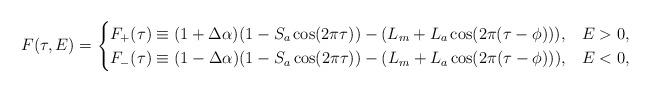
LaTeX: \begin{align*}F(\tau,E) = \begin{cases}F_+(\tau) \equiv (1 + \Delta\alpha)(1-S_a \cos(2 \pi \tau)) - (L_m + L_a \cos(2 \pi (\tau-\phi))), & E>0, \\F_-(\tau) \equiv (1 - \Delta\alpha)(1-S_a \cos(2 \pi \tau)) - (L_m + L_a \cos(2 \pi (\tau-\phi))), & E<0,\end{cases}\end{align*}